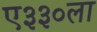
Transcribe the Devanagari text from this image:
ए३३०ला